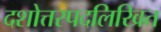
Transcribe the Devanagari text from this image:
दशोत्तरपदलिखित